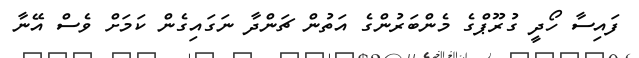
ފައިސާ ހޯދީ ގުރޫޕްގެ މެންބަރުންގެ އަތުން ޗަންދާ ނަގައިގެން ކަމަށް ވެސް އޭނާ